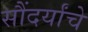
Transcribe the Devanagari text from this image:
सौंदर्यांचे